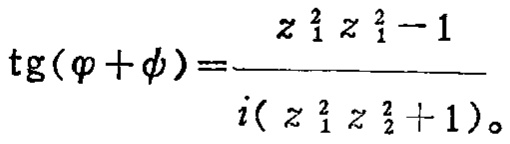
\(\operatorname{tg}(\varphi+\phi)=\frac{z_{1}^{2} z_{1}^{2}-1}{i\left(z_{1}^{2} z_{2}^{2}+1\right)}\)